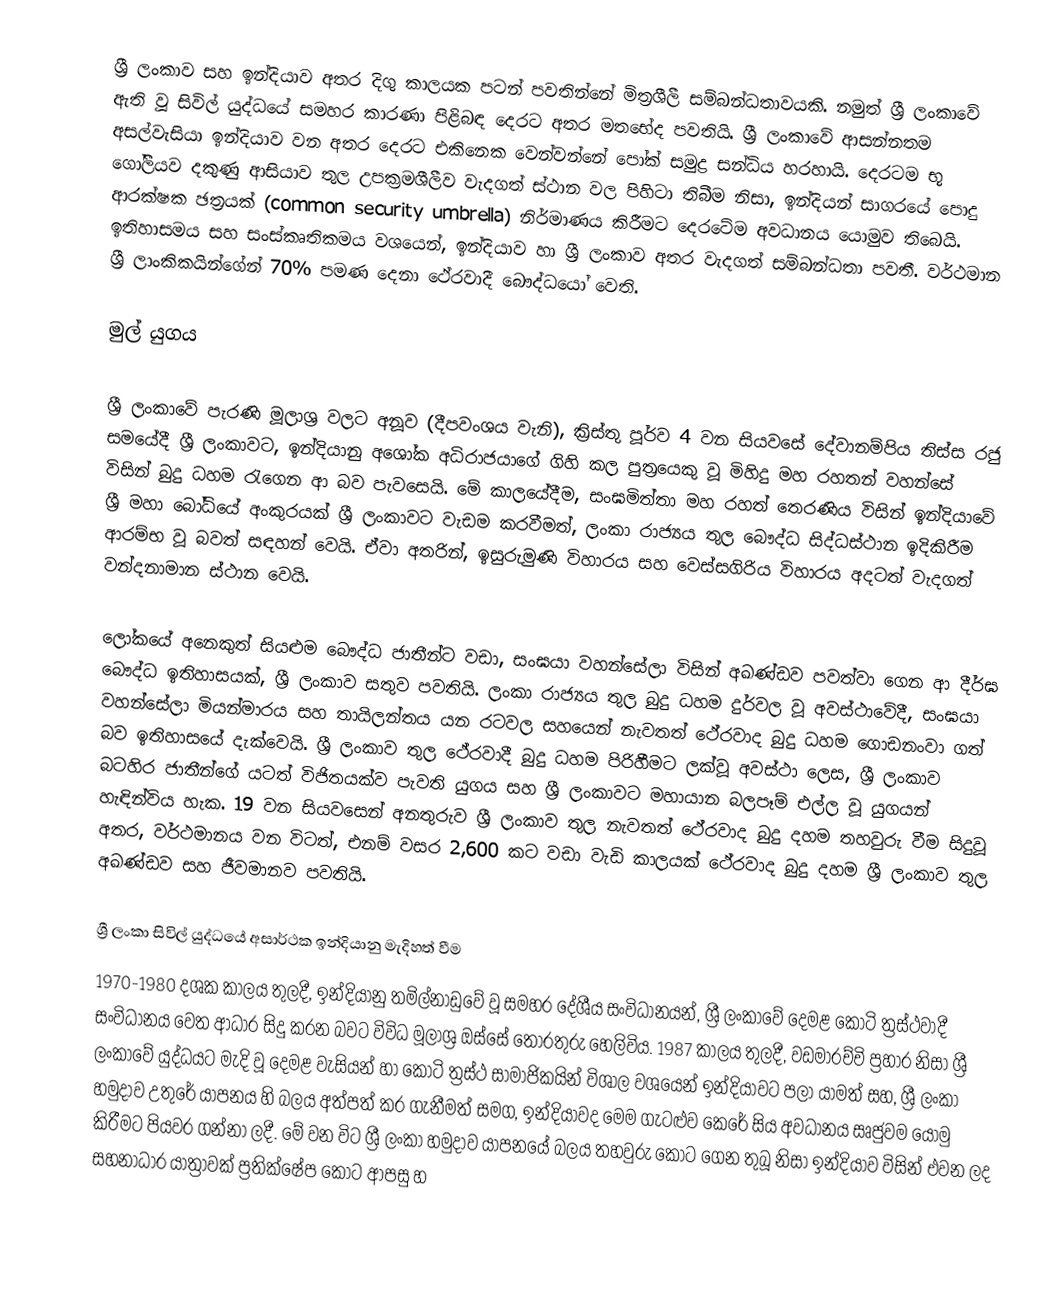
ශ්‍රී ලංකාව සහ ඉන්දියාව අතර දිගු කාලයක පටන් පවතින්නේ මිත්‍රශීලී සම්බන්ධතාවයකි. නමුත් ශ්‍රී ලංකාවේ ඇති වූ සිවිල් යුද්ධයේ සමහර කාරණා පිළිබඳ දෙරට අතර මතභේද පවතියි. ශ්‍රී ලංකාවේ ආසන්නතම අසල්වැසියා ඉන්දියාව වන අතර දෙරට එකිනෙක වෙන්වන්නේ පෝක් සමුද්‍ර සන්ධිය හරහායි. දෙරටම භූ ගෝලීයව දකුණු ආසියාව තුල උපක්‍රමශීලීව වැදගත් ස්ථාන වල පිහිටා තිබීම නිසා, ඉන්දියන් සාගරයේ පොදු ආරක්ෂක ඡත්‍රයක් (common security umbrella) නිර්මාණය කිරීමට දෙරටේම අවධානය යොමුව තිබෙයි. ඉතිහාසමය සහ සංස්කෘතිකමය වශයෙන්, ඉන්දියාව හා ශ්‍රී ලංකාව අතර වැදගත් සම්බන්ධතා පවතී. වර්ථමාන ශ්‍රී ලාංකිකයින්ගේන් 70% පමණ දෙනා ථේරවාදී බෞද්ධයෝ වෙති.

මුල් යුගය

ශ්‍රී ලංකාවේ පැරණි මූලාශ්‍ර වලට අනූව (දීපවංශය වැනි), ක්‍රිස්තු පූර්ව 4 වන සියවසේ දේවානම්පිය තිස්ස රජු සමයේදී ශ්‍රී ලංකාවට, ඉන්දියානු අශෝක අධිරාජයාගේ ගිහි කල පුත්‍රයෙකු වූ මිහිදු මහ රහතන් වහන්සේ විසින් බුදු ධහම රැගෙන ආ බව පැවසෙයි. මේ කාලයේදීම, සංඝමිත්තා මහ රහත් තෙරණිය විසින් ඉන්දියාවේ ශ්‍රී මහා බෝධියේ අංකුරයක් ශ්‍රී ලංකාවට වැඩම කරවීමත්, ලංකා රාජ්‍යය තුල බෞද්ධ සිද්ධස්ථාන ඉදිකිරීම ආරම්භ වූ බවත් සඳහන් වෙයි. ඒවා අතරින්, ඉසුරුමුණි විහාරය සහ වෙස්සගිරිය විහාරය අදටත් වැදගත් වන්දනාමාන ස්ථාන වෙයි.

ලෝකයේ අනෙකුත් සියළුම බෞද්ධ ජාතීන්ට වඩා, සංඝයා වහන්සේලා විසින් අඛණ්ඩව පවත්වා ගෙන ආ දීර්ඝ බෞද්ධ ඉතිහාසයක්, ශ්‍රී ලංකාව සතුව පවතියි. ලංකා රාජ්‍යය තුල බුදු ධහම දුර්වල වූ අවස්ථාවේදී, සංඝයා වහන්සේලා මියන්මාරය සහ තායිලන්තය යන රටවල සහයෙන් නැවතත් ථේරවාද බුදු ධහම ගොඩනංවා ගත් බව ඉතිහාසයේ දැක්වෙයි. ශ්‍රී ලංකාව තුල ථේරවාදී බුදු ධහම පිරිහීමට ලක්වූ අවස්ථා ලෙස, ශ්‍රී ලංකාව බටහිර ජාතීන්ගේ යටත් විජිතයක්ව පැවති යුගය සහ ශ්‍රී ලංකාවට මහායාන බලපෑම් එල්ල වූ යුගයන් හැඳින්විය හැක. 19 වන සියවසෙන් අනතුරුව ශ්‍රී ලංකාව තුල නැවතත් ථේරවාද බුදු දහම තහවුරු වීම සිදුවූ අතර, වර්ථමානය වන විටත්, එනම් වසර 2,600 කට වඩා වැඩි කාලයක් ථේරවාද බුදු දහම ශ්‍රී ලංකාව තුල අඛණ්ඩව සහ ජීවමානව පවතියි.

ශ්‍රී ලංකා සිවිල් යුද්ධයේ අසාර්ථක ඉන්දියානු මැදිහත් වීම
1970-1980 දශක කාලය තුලදී, ඉන්දියානු තමිල්නාඩුවේ වූ සමහර දේශීය සංවිධානයන්, ශ්‍රී ලංකාවේ දෙමළ කොටි ත්‍රස්ථවාදී සංවිධානය වෙත ආධාර සිදු කරන බවට විවිධ මූලාශ්‍ර ඔස්සේ තොරතුරු හෙලිවිය. 1987 කාලය තුලදී, වඩමාරච්චි ප්‍රහාර නිසා ශ්‍රී ලංකාවේ යුද්ධයට මැදි වූ දෙමළ වැසියන් හා කොටි ත්‍රස්ථ සාමාජිකයින් විශාල වශයෙන් ඉන්දියාවට පලා යාමත් සහ, ශ්‍රී ලංකා හමුදාව උතුරේ යාපනය හි බලය අත්පත් කර ගැනීමත් සමග, ඉන්දියාවද මෙම ගැටළුව කෙරේ සිය අවධානය සෘජුවම යොමු කිරීමට පියවර ගන්නා ලදී. මේ වන විට ශ්‍රී ලංකා හමුදාව යාපනයේ බලය තහවුරු කොට ගෙන තුබූ නිසා ඉන්දියාව විසින් එවන ලද සහනාධාර යාත්‍රාවක් ප්‍රතික්ෂේප කොට ආපසු හ